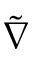
\tilde { \nabla }